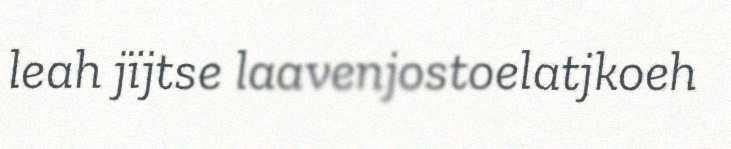
leah jïjtse laavenjostoelatjkoeh